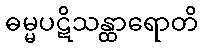
ဓမ္မပဋိသန္ထာရောတိ